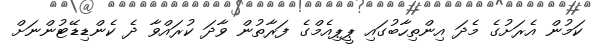
ކަމުން އެރަށުގެ މެދަ އިންތިހާބުގައި ޕީޕިއެމްގެ ފަރާތުން ވާދަ ކުރައްވާ ދެ ކެންޑިޑޭޓުންނަށް